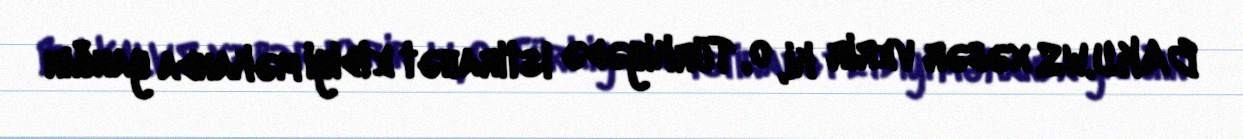
BAKU.WS xəbər verir ki, o, Türkiyədə istirahət etdiyi məkanda yanğın